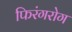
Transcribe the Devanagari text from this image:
फिरंगरोग